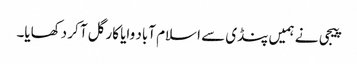
پیجی نے ہمیں پنڈی سے اسلام آباد وایا کارگل آ کر دکھایا۔